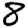
Digit: 8